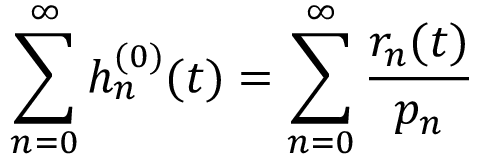
\sum _ { n = 0 } ^ { \infty } h _ { n } ^ { ( 0 ) } ( t ) = \sum _ { n = 0 } ^ { \infty } \frac { r _ { n } ( t ) } { p _ { n } }